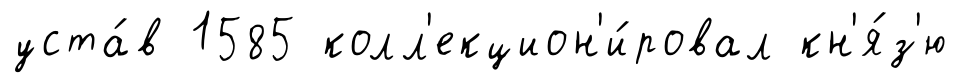
уста́в 1585 колл'екцион'и́ровал кн'я́з'ю